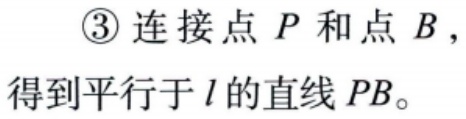
\textcircled{3} 连接点 \(P\) 和点 \(B\)，得到平行于 \(l\) 的直线 \(PB\)。